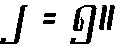
၂ = ၅။